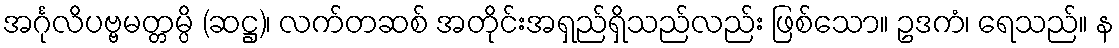
အင်္ဂုလိပဗ္ဗမတ္တမ္ပိ (ဆဋ္ဌ)၊ လက်တဆစ် အတိုင်းအရှည်ရှိသည်လည်း ဖြစ်သော။ ဥဒကံ၊ ရေသည်။ န